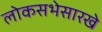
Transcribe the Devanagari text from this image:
लोकसभेसारखे